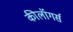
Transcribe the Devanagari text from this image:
कीलॉगर्स